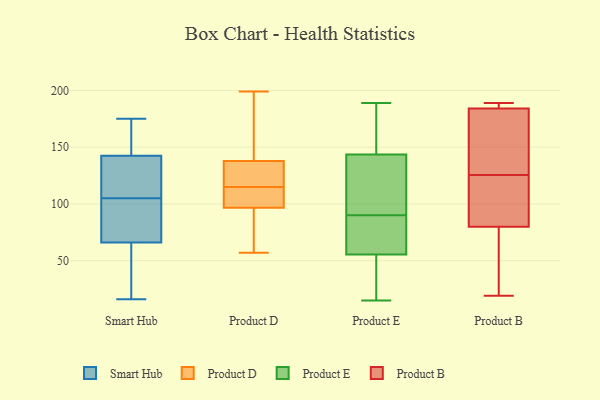
{"axis": {"x": "Latency (ms)", "y": "Value"}, "legend": ["Product B", "Product D", "Product E", "Smart Hub"], "data": [{"x": "", "y": 133, "type": "Smart Hub"}, {"x": "", "y": 141, "type": "Smart Hub"}, {"x": "", "y": 144, "type": "Smart Hub"}, {"x": "", "y": 78, "type": "Smart Hub"}, {"x": "", "y": 133, "type": "Smart Hub"}, {"x": "", "y": 175, "type": "Smart Hub"}, {"x": "", "y": 70, "type": "Smart Hub"}, {"x": "", "y": 64, "type": "Smart Hub"}, {"x": "", "y": 171, "type": "Smart Hub"}, {"x": "", "y": 40, "type": "Smart Hub"}, {"x": "", "y": 117, "type": "Smart Hub"}, {"x": "", "y": 140, "type": "Smart Hub"}, {"x": "", "y": 41, "type": "Smart Hub"}, {"x": "", "y": 59, "type": "Smart Hub"}, {"x": "", "y": 161, "type": "Smart Hub"}, {"x": "", "y": 93, "type": "Smart Hub"}, {"x": "", "y": 86, "type": "Smart Hub"}, {"x": "", "y": 167, "type": "Smart Hub"}, {"x": "", "y": 16, "type": "Smart Hub"}, {"x": "", "y": 68, "type": "Smart Hub"}, {"x": "", "y": 138, "type": "Product D"}, {"x": "", "y": 135, "type": "Product D"}, {"x": "", "y": 141, "type": "Product D"}, {"x": "", "y": 115, "type": "Product D"}, {"x": "", "y": 70, "type": "Product D"}, {"x": "", "y": 137, "type": "Product D"}, {"x": "", "y": 102, "type": "Product D"}, {"x": "", "y": 95, "type": "Product D"}, {"x": "", "y": 199, "type": "Product D"}, {"x": "", "y": 104, "type": "Product D"}, {"x": "", "y": 57, "type": "Product D"}, {"x": "", "y": 79, "type": "Product E"}, {"x": "", "y": 54, "type": "Product E"}, {"x": "", "y": 172, "type": "Product E"}, {"x": "", "y": 37, "type": "Product E"}, {"x": "", "y": 143, "type": "Product E"}, {"x": "", "y": 90, "type": "Product E"}, {"x": "", "y": 33, "type": "Product E"}, {"x": "", "y": 56, "type": "Product E"}, {"x": "", "y": 145, "type": "Product E"}, {"x": "", "y": 109, "type": "Product E"}, {"x": "", "y": 127, "type": "Product E"}, {"x": "", "y": 90, "type": "Product E"}, {"x": "", "y": 15, "type": "Product E"}, {"x": "", "y": 73, "type": "Product E"}, {"x": "", "y": 189, "type": "Product E"}, {"x": "", "y": 90, "type": "Product E"}, {"x": "", "y": 158, "type": "Product E"}, {"x": "", "y": 138, "type": "Product B"}, {"x": "", "y": 189, "type": "Product B"}, {"x": "", "y": 184, "type": "Product B"}, {"x": "", "y": 187, "type": "Product B"}, {"x": "", "y": 93, "type": "Product B"}, {"x": "", "y": 113, "type": "Product B"}, {"x": "", "y": 51, "type": "Product B"}, {"x": "", "y": 80, "type": "Product B"}, {"x": "", "y": 159, "type": "Product B"}, {"x": "", "y": 19, "type": "Product B"}]}